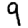
Digit: 9